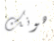
هونك